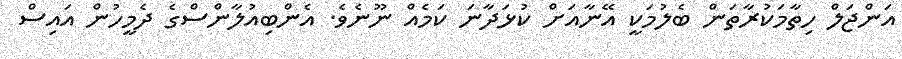
އަންޖަލް ހިތާމަކުރާތަން ބެލުމަކީ އޭނާއަށް ކުޅަދާނަ ކަމެއް ނޫނެވެ. އެންބިއުލާންސްގެ ދެމީހުން އައިސް